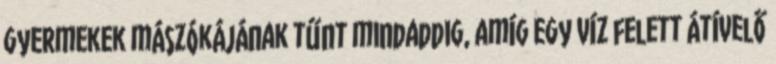
gyermekek mászókájának tűnt mindaddig, amíg egy víz felett átívelő